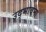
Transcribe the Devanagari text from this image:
उद्‌भावना